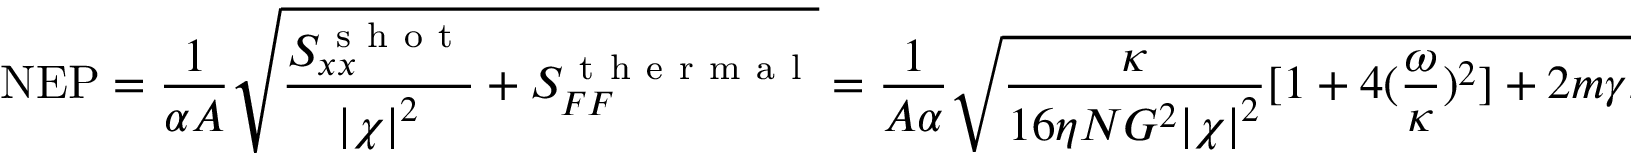
\mathrm { N E P } = \frac { 1 } { \alpha A } \sqrt { \frac { S _ { x x } ^ { \mathrm { ~ s ~ h ~ o ~ t ~ } } } { \left| \chi \right| ^ { 2 } } + S _ { F F } ^ { \mathrm { ~ t ~ h ~ e ~ r ~ m ~ a ~ l ~ } } } = \frac { 1 } { A \alpha } \sqrt { \frac { \kappa } { 1 6 \eta N G ^ { 2 } { | \chi | } ^ { 2 } } [ 1 + 4 ( \frac { \omega } { \kappa } ) ^ { 2 } ] + 2 m \gamma k _ { B } T } ,